system: You are a helpful assistant.
user:
Analyze the provided spectrum to determine if it is a **White Dwarf (WD)**.

A White Dwarf spectrum is defined by its **extreme purity** (due to gravitational settling) and/or **extreme pressure broadening** (due to high surface gravity). You must check for one of the following mutually exclusive signatures:

- **Key Visual Indicators (Check for ONE of these types):**

    - **1. DA-Type Signature (Most Common):**
        - **(Primary Feature):** Extreme pressure broadening (Stark broadening) of the **Hydrogen (H) Balmer lines**.
        - **(Key Lines):** $H\beta$ (approx. $4861$ Å) and $H\gamma$ (approx. $4340$ Å). $H\alpha$ (approx. $6563$ Å) will also be present if the wavelength range covers it.
        - **(Line Profile):** This is the **defining feature**. The lines are **NOT** sharp. They appear as massive, **extremely broad and deep "troughs" or "dips"** in the spectrum, often hundreds of Ångströms wide. The continuum will appear to "scoop" down at these wavelengths.
        - **(Distinction):** Normal A-type or B-type stars have *narrow* and *sharp* Hydrogen lines. A DA White Dwarf's lines are unmistakably "smeared" or "blurry" from pressure.

    - **2. DB-Type Signature:**
        - **(Primary Feature):** Broad absorption lines from **Neutral Helium (He I)**. The spectrum must lack any visible Hydrogen lines.
        - **(Key Lines):** Look for broad absorption near $4471$ Å, $4921$ Å, and $5876$ Å.
        - **(Line Profile):** These lines are also significantly pressure-broadened, appearing much wider than they would in a normal B-type main-sequence star.

    - **3. DC-Type Signature:**
        - **(Primary Feature):** A **featureless continuous spectrum**.
        - **(Line Profile):** The spectrum is a smooth curve with **no significant absorption or emission lines**.
        - **(Key Confirmation):** The continuum is almost always **blue or white**, indicating a hot object. This signature implies the atmosphere is so pure (or so cool) that no spectral lines are visible in the optical range. Its WD identity is confirmed by its extremely low intrinsic brightness (high absolute magnitude).

    - **4. DZ-Type Signature (Metal-Polluted):**
        - **(Primary Feature):** **Isolated, narrow metal absorption lines** on an otherwise featureless (DC-like) continuum.
        - **(Key Lines):** The **Calcium (Ca II) H & K doublet** (approx. **$3934$ Å** and **$3968$ Å**) is the most common and defining feature.
        - **(Line Profile):** These lines are "out of place." They are *not* part of a "forest" of thousands of lines. This signature is evidence of recent *accretion* (pollution) from rocky debris.
        - **(Distinction):** Normal G/K/M stars have a *dense forest* of thousands of metal lines. A DZ has a *clean* continuum with *only a few* strong metal lines.

    - **5. DQ-Type Signature (Carbon-Polluted):**
        - **(Primary Feature):** Absorption bands from **Carbon (C₂ "Swan Bands" or atomic C I)**.
        - **(Key Lines - C₂):** Look for bandheads with a "saw-tooth" shape near $5635$ Å, **$5165$ Å** (strongest), and $4737$ Å.
        - **(Key Confirmation):** The underlying **continuum must be blue or white** (hot).
        - **(Distinction):** This is the critical difference from a **Carbon Star**, which has the *exact same* C₂ bands but on an extremely **red, cool** continuum.

- **(Overall Spectrum):**
    - The continuum (overall shape) is typically **blue-sloping** (brighter in the blue than the red), as most white dwarfs are very hot.
    - The spectrum will look "pure" or "simple," dominated by only *one* of the five signatures listed above.

Think first, call **spectral_visualization_tool** if needed to examine features in detail, then provide your final answer. Your response must adhere to the following strict rules:
1.  **Overall Structure:** Your response must follow the format `<think>...</think> <tool_call>...</tool_call> (if a tool is used) <answer>...</answer>`.
2.  **Tool Usage Constraint:** You may only make **one** tool call per turn.
3.  **Final Answer Format:** In the `<answer>` tag, your conclusion must be inside a `\boxed{}` command (e.g., `\boxed{YES}` or `\boxed{NO}`), followed by your justification.

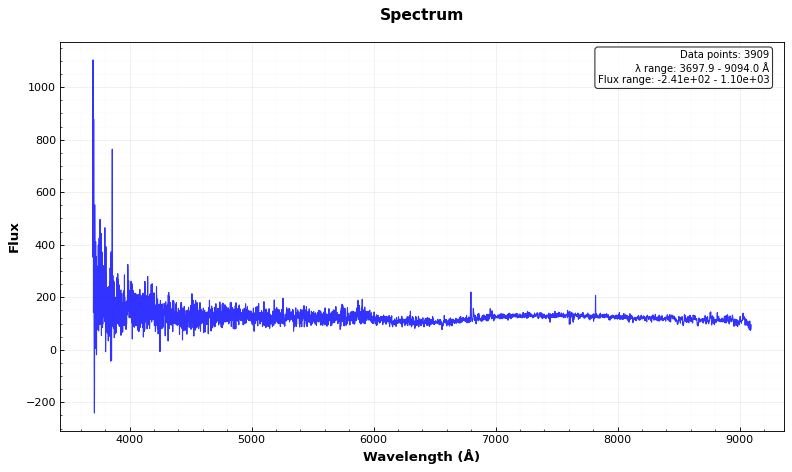
Answer: NO